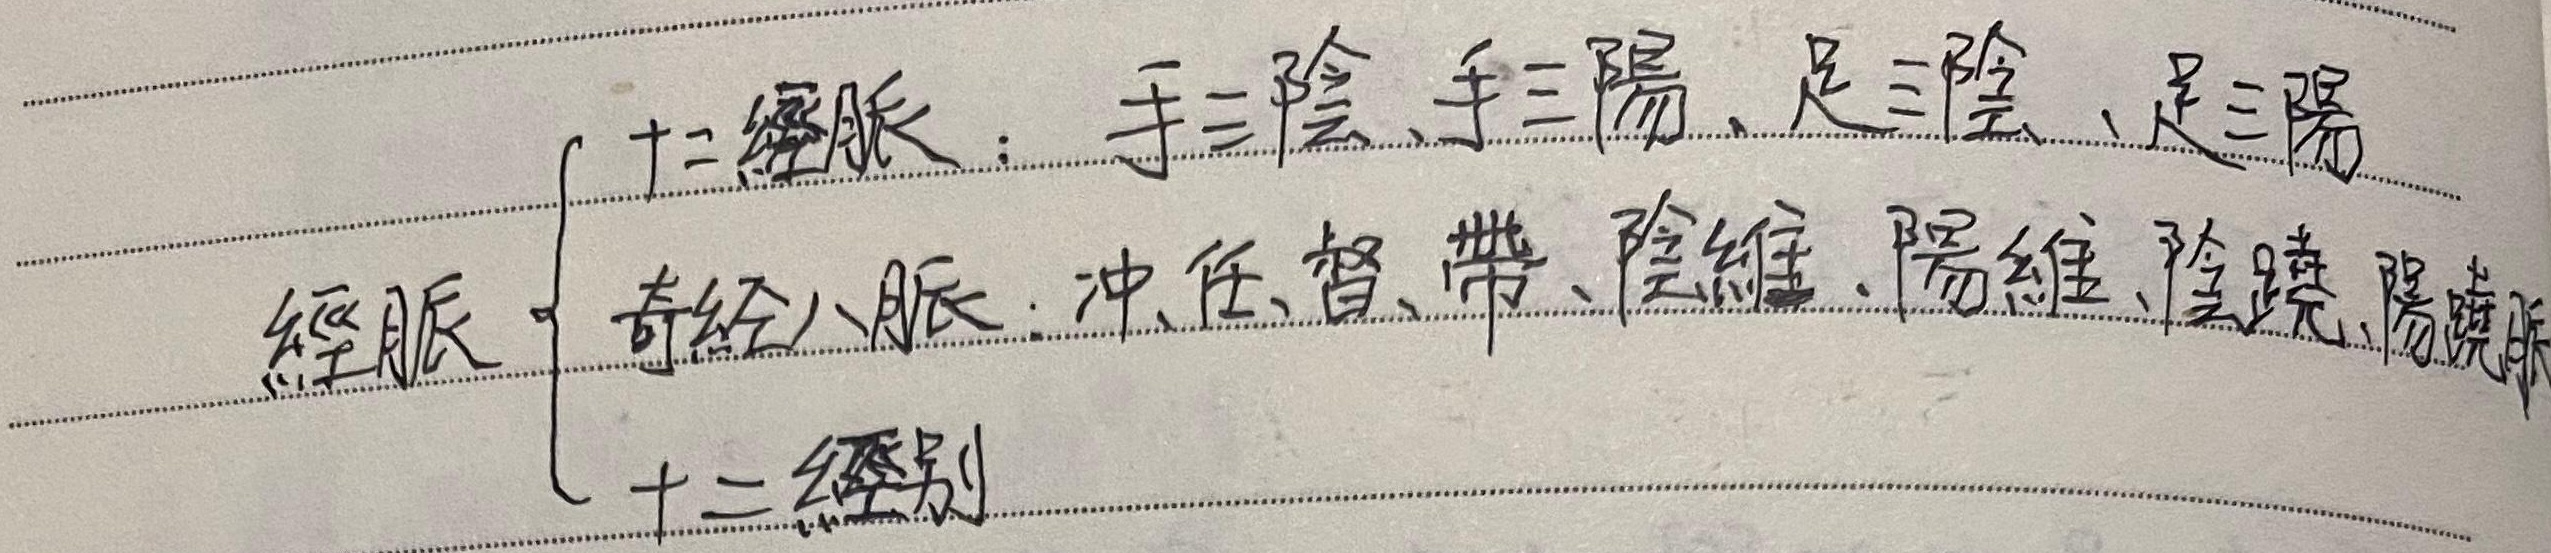
经脉
\[
\begin{cases}
\text{十二经脉}：\text{手三阴、手三阳、足三阴、足三阳} \\
\text{奇经八脉}：\text{冲、任、督、带、阴维、阳维、阴跷、阳跷} \\
\text{十二经别}
\end{cases}
\]